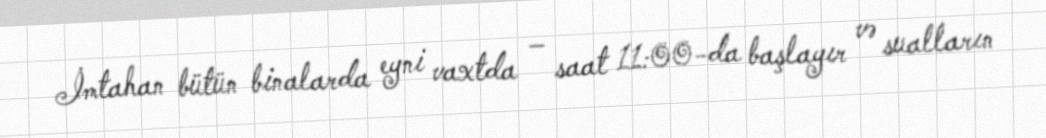
İmtahan bütün binalarda eyni vaxtda – saat 11:00-da başlayır və sualların